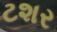
ટશર